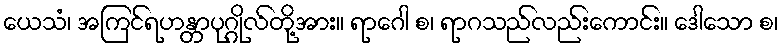
ယေသံ၊ အကြင်ရဟန္တာပုဂ္ဂိုလ်တို့အား။ ရာဂေါ စ၊ ရာဂသည်လည်းကောင်း။ ဒေါသော စ၊